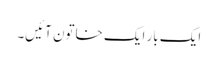
ایک بار ایک خاتون آئیں‌۔